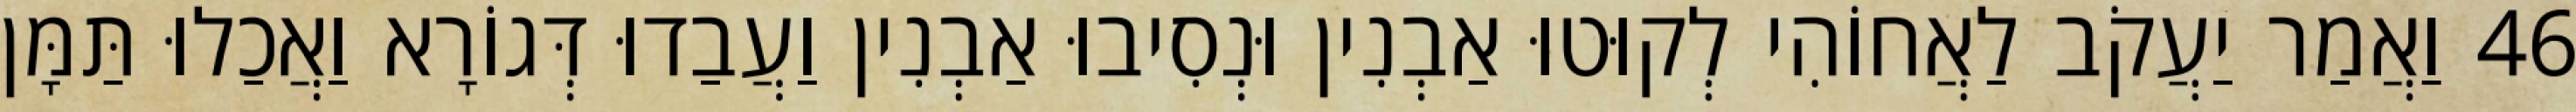
46 וַאֲמַר יַעֲקֹב לַאֲחוֹהִי לְקוּטוּ אַבְנִין וּנְסִיבוּ אַבְנִין וַעֲבַדוּ דְּגוֹרָא וַאֲכַלוּ תַּמָּן